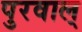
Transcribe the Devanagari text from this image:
पुरवाल्